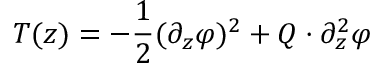
T ( z ) = - \frac 1 2 ( \partial _ { z } \varphi ) ^ { 2 } + Q \cdot \partial _ { z } ^ { 2 } \varphi